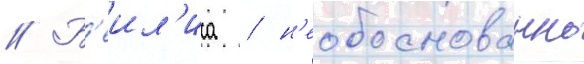
// Б'еил'иса / н'еобоснованно